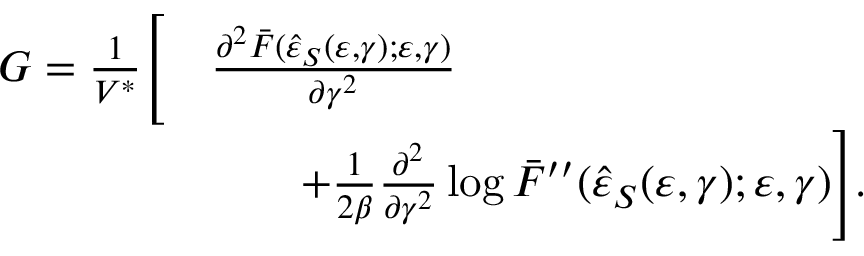
\begin{array} { r l } { G = \frac { 1 } { V ^ { \ast } } \Bigg [ } & { \frac { \partial ^ { 2 } \bar { F } ( \hat { \varepsilon } _ { S } ( \varepsilon , \gamma ) ; \varepsilon , \gamma ) } { \partial \gamma ^ { 2 } } } \\ & { \qquad + \frac { 1 } { 2 \beta } \frac { \partial ^ { 2 } } { \partial \gamma ^ { 2 } } \log { \bar { F } ^ { \prime \prime } ( \hat { \varepsilon } _ { S } ( \varepsilon , \gamma ) ; \varepsilon , \gamma ) } \Bigg ] . } \end{array}